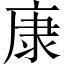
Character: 康